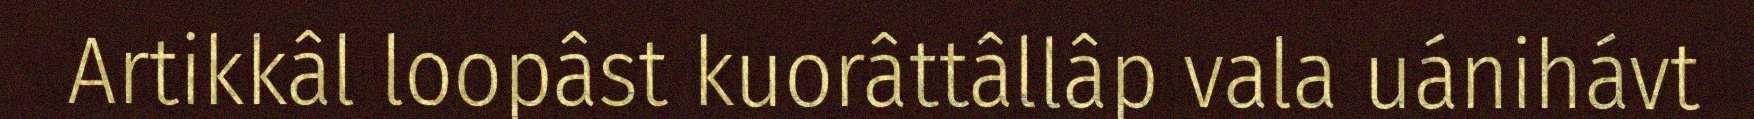
Artikkâl loopâst kuorâttâllâp vala uánihávt